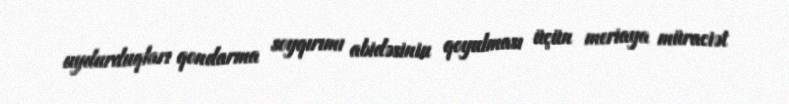
uydurduqları qondarma soyqırımı abidəsinin qoyulması üçün meriaya müraciət